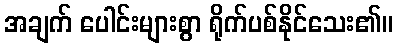
အချက် ပေါင်းများစွာ ရိုက်ပစ်နိုင်သေး၏။